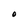
Character: O